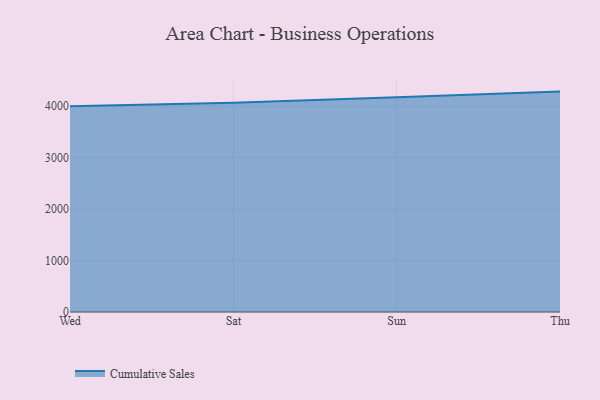
{"axis": {"x": "Day", "y": "Headcount"}, "legend": ["Cumulative Sales"], "data": [{"x": "Wed", "y": 3998.2, "type": "Cumulative Sales"}, {"x": "Sat", "y": 4064.5, "type": "Cumulative Sales"}, {"x": "Sun", "y": 4172.7, "type": "Cumulative Sales"}, {"x": "Thu", "y": 4281.4, "type": "Cumulative Sales"}]}